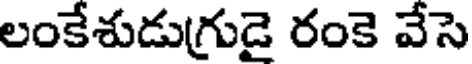
లంకేశుడుగ్రుడై రంకె వేసె